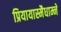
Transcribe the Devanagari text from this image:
प्रियायास्मैधाम्ने